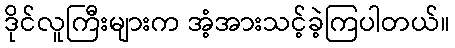
ဒိုင်လူကြီးများက အံ့အားသင့်ခဲ့ကြပါတယ်။